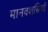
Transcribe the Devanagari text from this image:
मानवशस्रियों